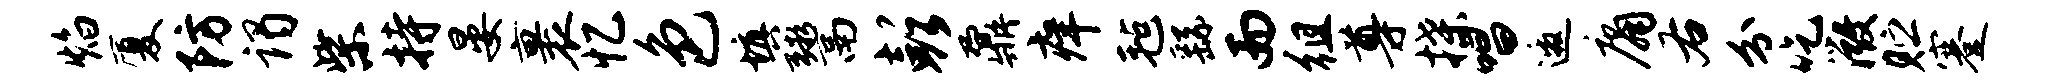
焰厦防谒柴持晏裹忆色填鬻彭鼐痒毡繇而徂尊揲唱邀庸右分吃微贮蹇